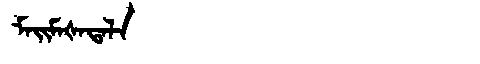
Manchu: ᠮᠠᡳᠮᠠᡧᠠᡨᠠᠯᠠ
Romanization: MAIMAŠATALA